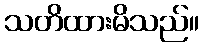
သတိထားမိသည်။